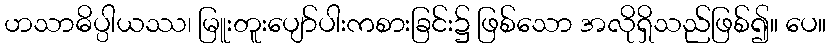
ဟသာဓိပ္ပါယဿ၊ မြူးတူးပျော်ပါးကစားခြင်း၌ ဖြစ်သော အလိုရှိသည်ဖြစ်၍။ ပေ။